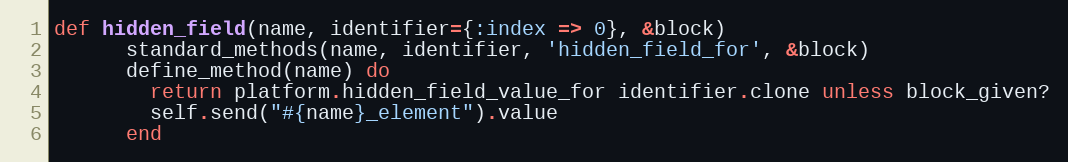
Language: Ruby
def hidden_field(name, identifier={:index => 0}, &block)
      standard_methods(name, identifier, 'hidden_field_for', &block)
      define_method(name) do
        return platform.hidden_field_value_for identifier.clone unless block_given?
        self.send("#{name}_element").value
      end